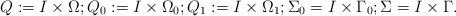
LaTeX: \begin{align*}Q:=I\times\Omega;Q_0:=I\times\Omega_0; Q_1:=I\times\Omega_1; \Sigma_0 = I\times \Gamma_0 ;\Sigma = I \times\Gamma.\end{align*}